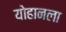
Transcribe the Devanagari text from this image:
योहानला